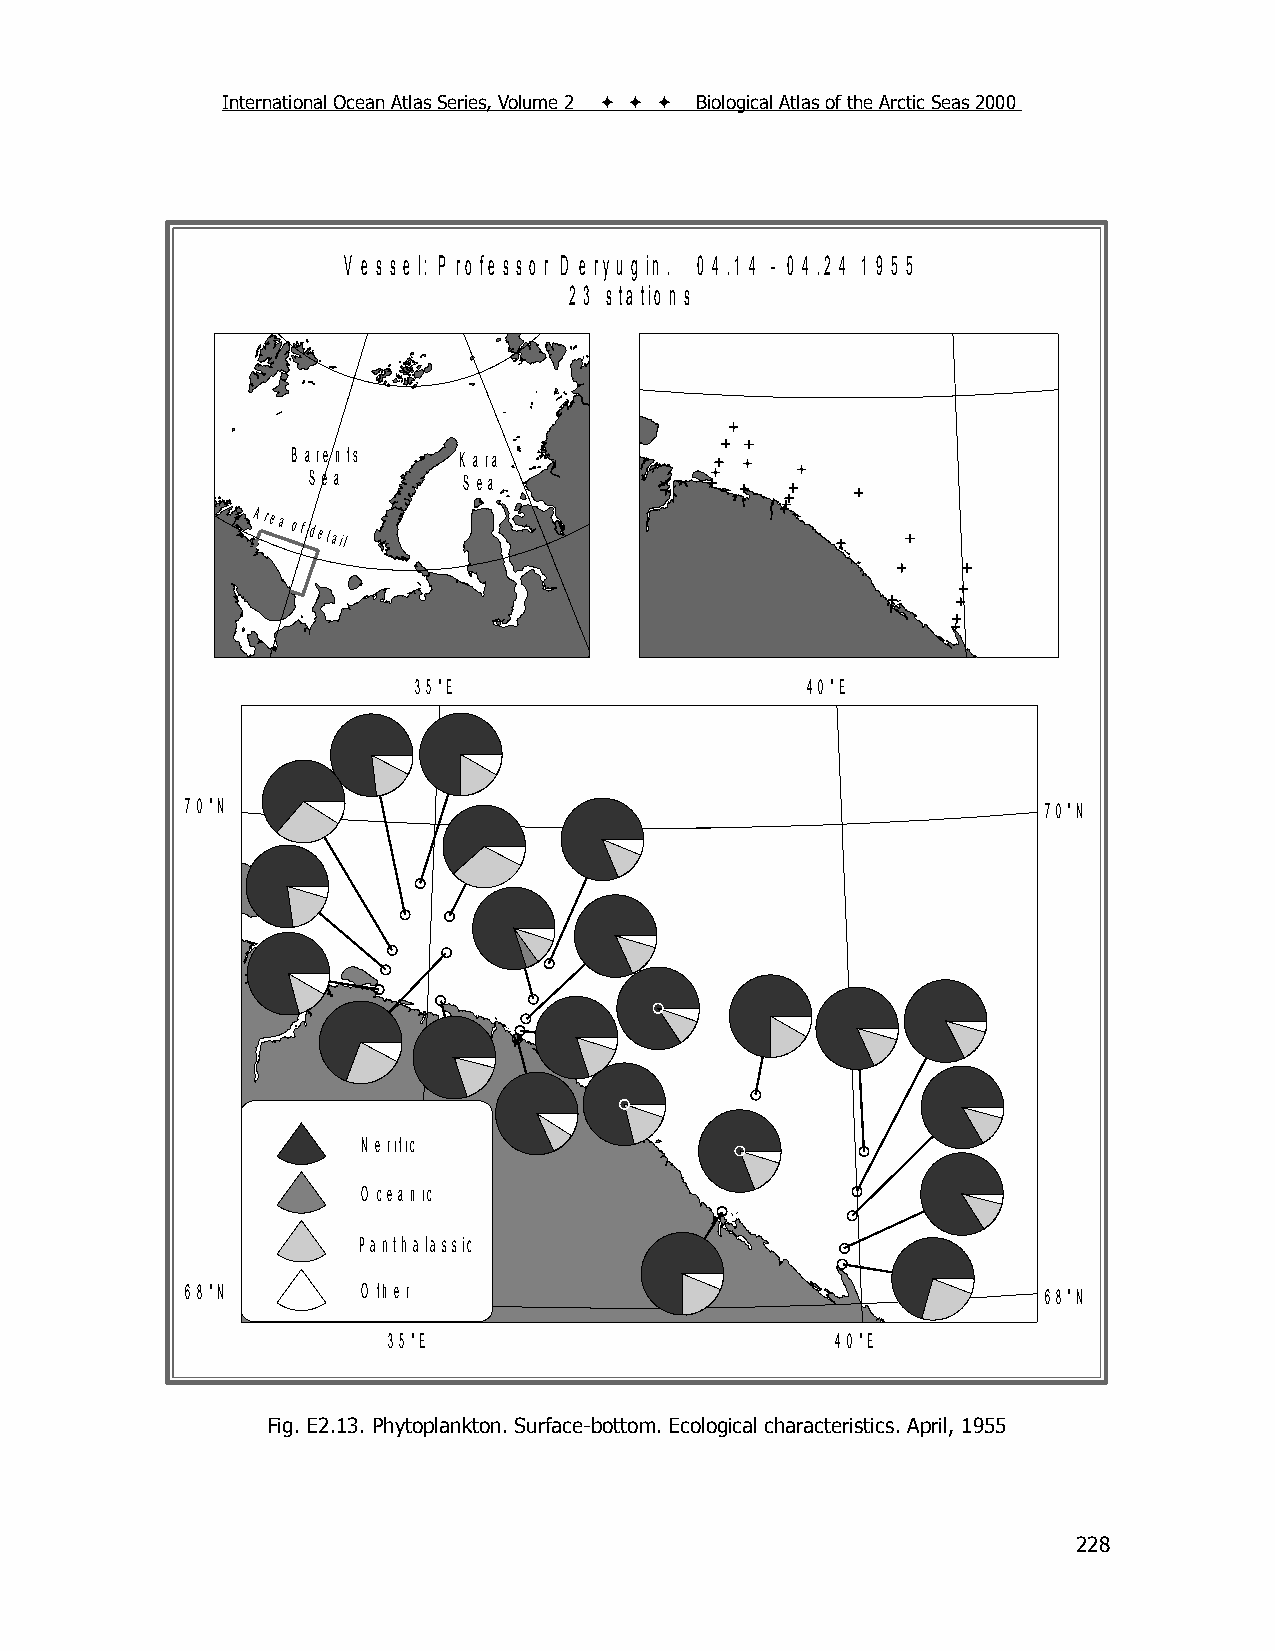
International Ocean Atlas Series, Volume 2    Biological Atlas of the Arctic Seas 2000
 V e s s e l: P ro fe s s o r D e ry u g in . 0 4 .1 4 - 0 4 .2 4 1 9 5 5
 2 3 s ta tio n s
 B a re n ts K a ra
 S e a      S e a
 Area
 of detail
 3 5 °E                    4 0 °E
 7 0 °N                                                   7 0 °N
 N e ritic
 O cea n ic
 PPaanntthhaallaassssiick
 6 8 °N      O th e r                                     6 8 °N
 3 5 °E                       4 0 °E
 Fig. E2.13. Phytoplankton. Surface-bottom. Ecological characteristics. April, 1955
 228